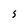
Character: S